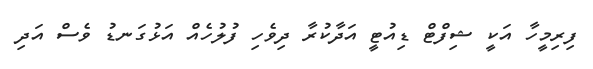
ފިރިމީހާ އަކީ ޝިފްޓް ޑިއުޓީ އަދާކުރާ ދިވެހި ފުލުހެއް އަޅުގަނޑު ވެސް އަދި